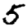
Digit: 5